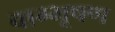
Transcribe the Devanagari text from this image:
वाग्भूषण